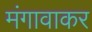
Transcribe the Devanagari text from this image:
मंगावाकर